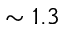
\sim 1 . 3